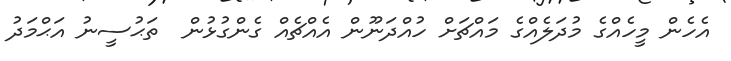
އެހެން މީހެއްގެ މުދަލެއްގެ މައްޗަށް ހުއްދަނޫން އެއްޗެއް ގެންގުޅުން  ތަޙުސީނު އަޙްމަދު